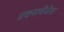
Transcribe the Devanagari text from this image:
एक्सचेंजेस